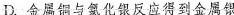
D.金属铜与氯化银反应得到金属银